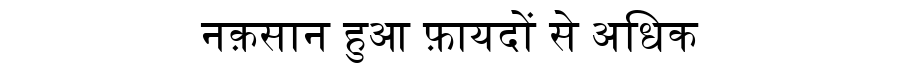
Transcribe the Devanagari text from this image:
नक़सान हुआ फ़ायदों से अधिक